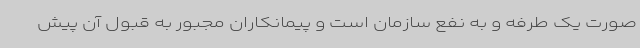
صورت یک طرفه و به نفع سازمان است و پیمانکاران مجبور به قبول آن پیش